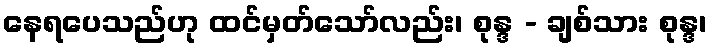
နေရပေသည်ဟု ထင်မှတ်သော်လည်း၊ စုန္ဒ - ချစ်သား စုန္ဒ၊